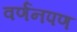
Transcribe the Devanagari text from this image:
वर्णनपण